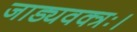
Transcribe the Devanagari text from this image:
जाड्यवक्त्रः।